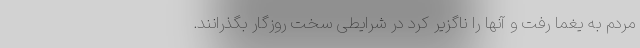
مردم به یغما رفت و آنها را ناگزیر کرد در شرایطی سخت روزگار بگذرانند.